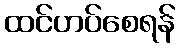
ထင်ဟပ်စေရန်